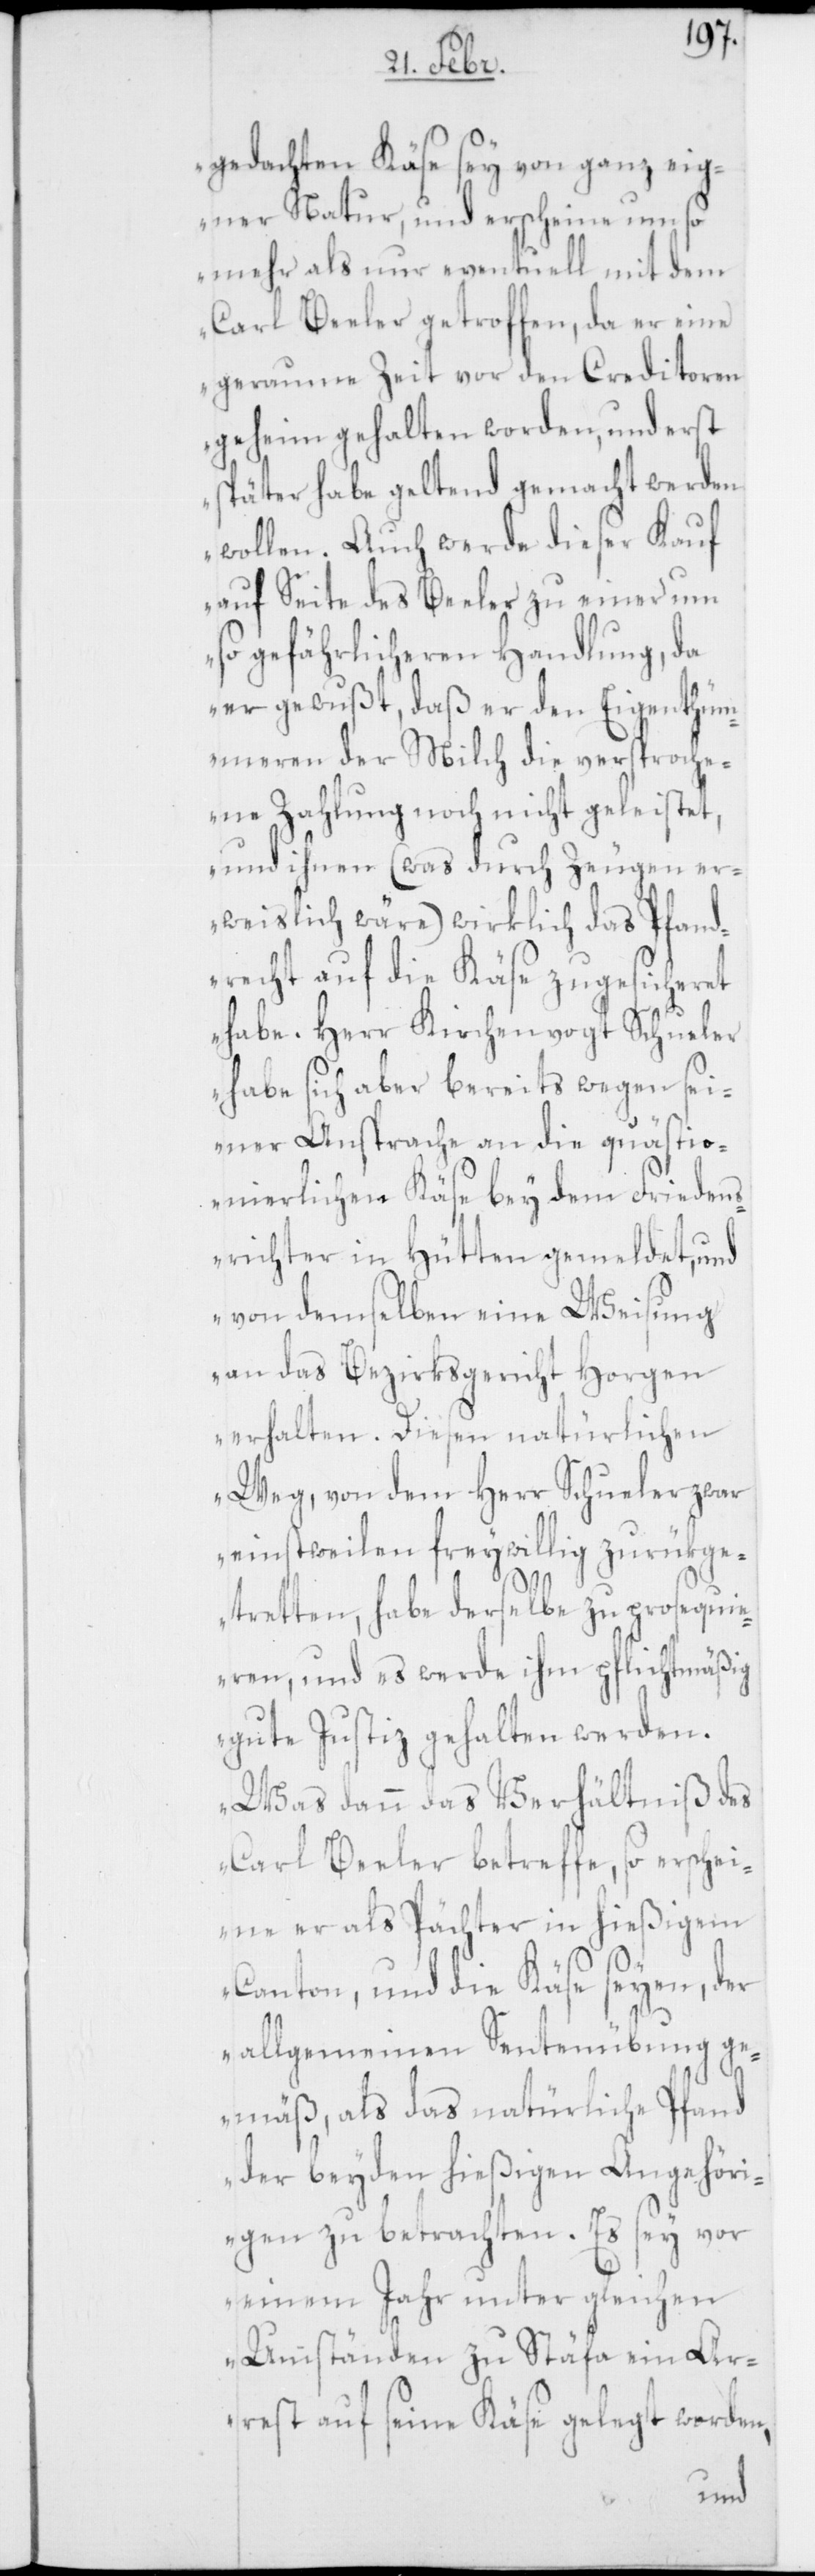
gedachten Käse sey von ganz eig¬
ner Natur, und erscheine umso
mehr als nur eventuell mit dem
Carl Beeler getroffen, da er eine
geraume Zeit vor den Creditoren
geheim gehalten worden, und erst
später habe geltend gemacht werden
wollen. Auch werde dieser Kauf
auf Seite des Beeler zu einer um
so gefährlicheren Handlung, da
er gewußt, daß er den Eigenthüm¬
eren der Milch die versproche¬
ne Zahlung noch nicht geleistet,
und ihnen (was durch Zeugen er¬
weislich wäre) wirklich das Pfand¬
recht auf die Käse zugesicheret
habe. Herr Kirchenvogt Schueler
habe sich aber bereits wegen sei¬
ner Ansprache an die quästio¬
nierlichen Käse bey dem Friedens¬
richter in Hütten gemeldet, und
von demselben eine Weisung
an das Bezirksgericht Horgen
erhalten. Diesen natürlichen
Weg, von dem Herr Schueler zwar
einstweilen freywillig zurükge¬
tretten, habe derselbe zu prosequi¬
eren, und es werde ihm pflichtmäßig
gute Justiz gehalten werden.
Was dann das Verhältniß des
Carl Beeler betreffe, so erschei¬
ne er als Pächter in hießigem
Canton, und die Käse seyen, der
allgemeinen Sentenübung ge¬
mäß, als das natürliche Pfand
der beyden hießigen Angehöri¬
gen zu betrachten. Es sey vor
einem Jahr unter gleichen
Umständen zu Stäfa ein Ar¬
rest auf seine Käse gelegt worden,